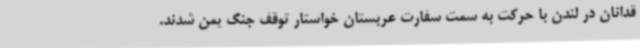
قدانان در لندن با حرکت به سمت سفارت عربستان خواستار توقف جنگ یمن شدند.